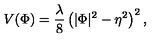
V ( \Phi ) = \frac { \lambda } { 8 } \left( \vert \Phi \vert ^ { 2 } - \eta ^ { 2 } \right) ^ { 2 } ,